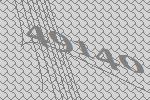
49140